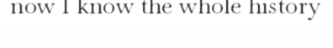
now I know the whole history